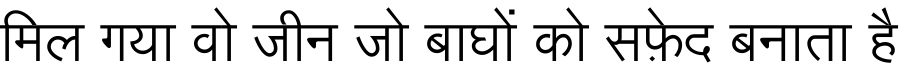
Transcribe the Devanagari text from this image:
मिल गया वो जीन जो बाघों को सफ़ेद बनाता है